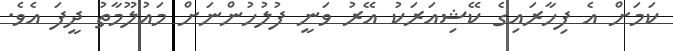
ކަމަށް އެ ފިހާރައިގެ ކޭޝިއަރަކު އޭރު ވަނީ ފުލުހުންނަށް މައުލޫމާތު ދީފަ އެވެ.